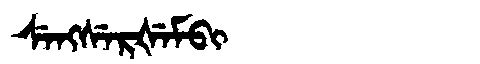
Manchu: ᠰᡝᠩᠰᡝᡵᡧᡝᠮᠪᡳ
Romanization: SENGSERŠEMBI